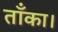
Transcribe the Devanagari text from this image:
ताँका।